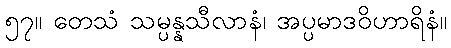
၅၇။ တေသံ သမ္ပန္နသီလာနံ၊ အပ္ပမာဒဝိဟာရိနံ။